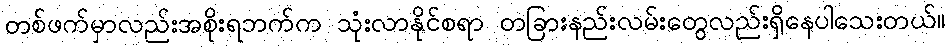
တစ်ဖက်မှာလည်းအစိုးရဘက်က သုံးလာနိုင်စရာ တခြားနည်းလမ်းတွေလည်းရှိနေပါသေးတယ်။